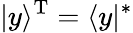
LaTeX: |y\rangle^{\mathrm{T}}=\langle y|^{*}